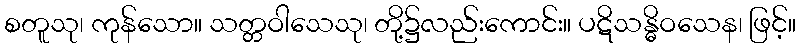
စတူသု၊ ကုန်သော။ သတ္တဝါသေသု၊ တို့၌လည်းကောင်း။ ပဋိသန္ဓိဝသေန၊ ဖြင့်။